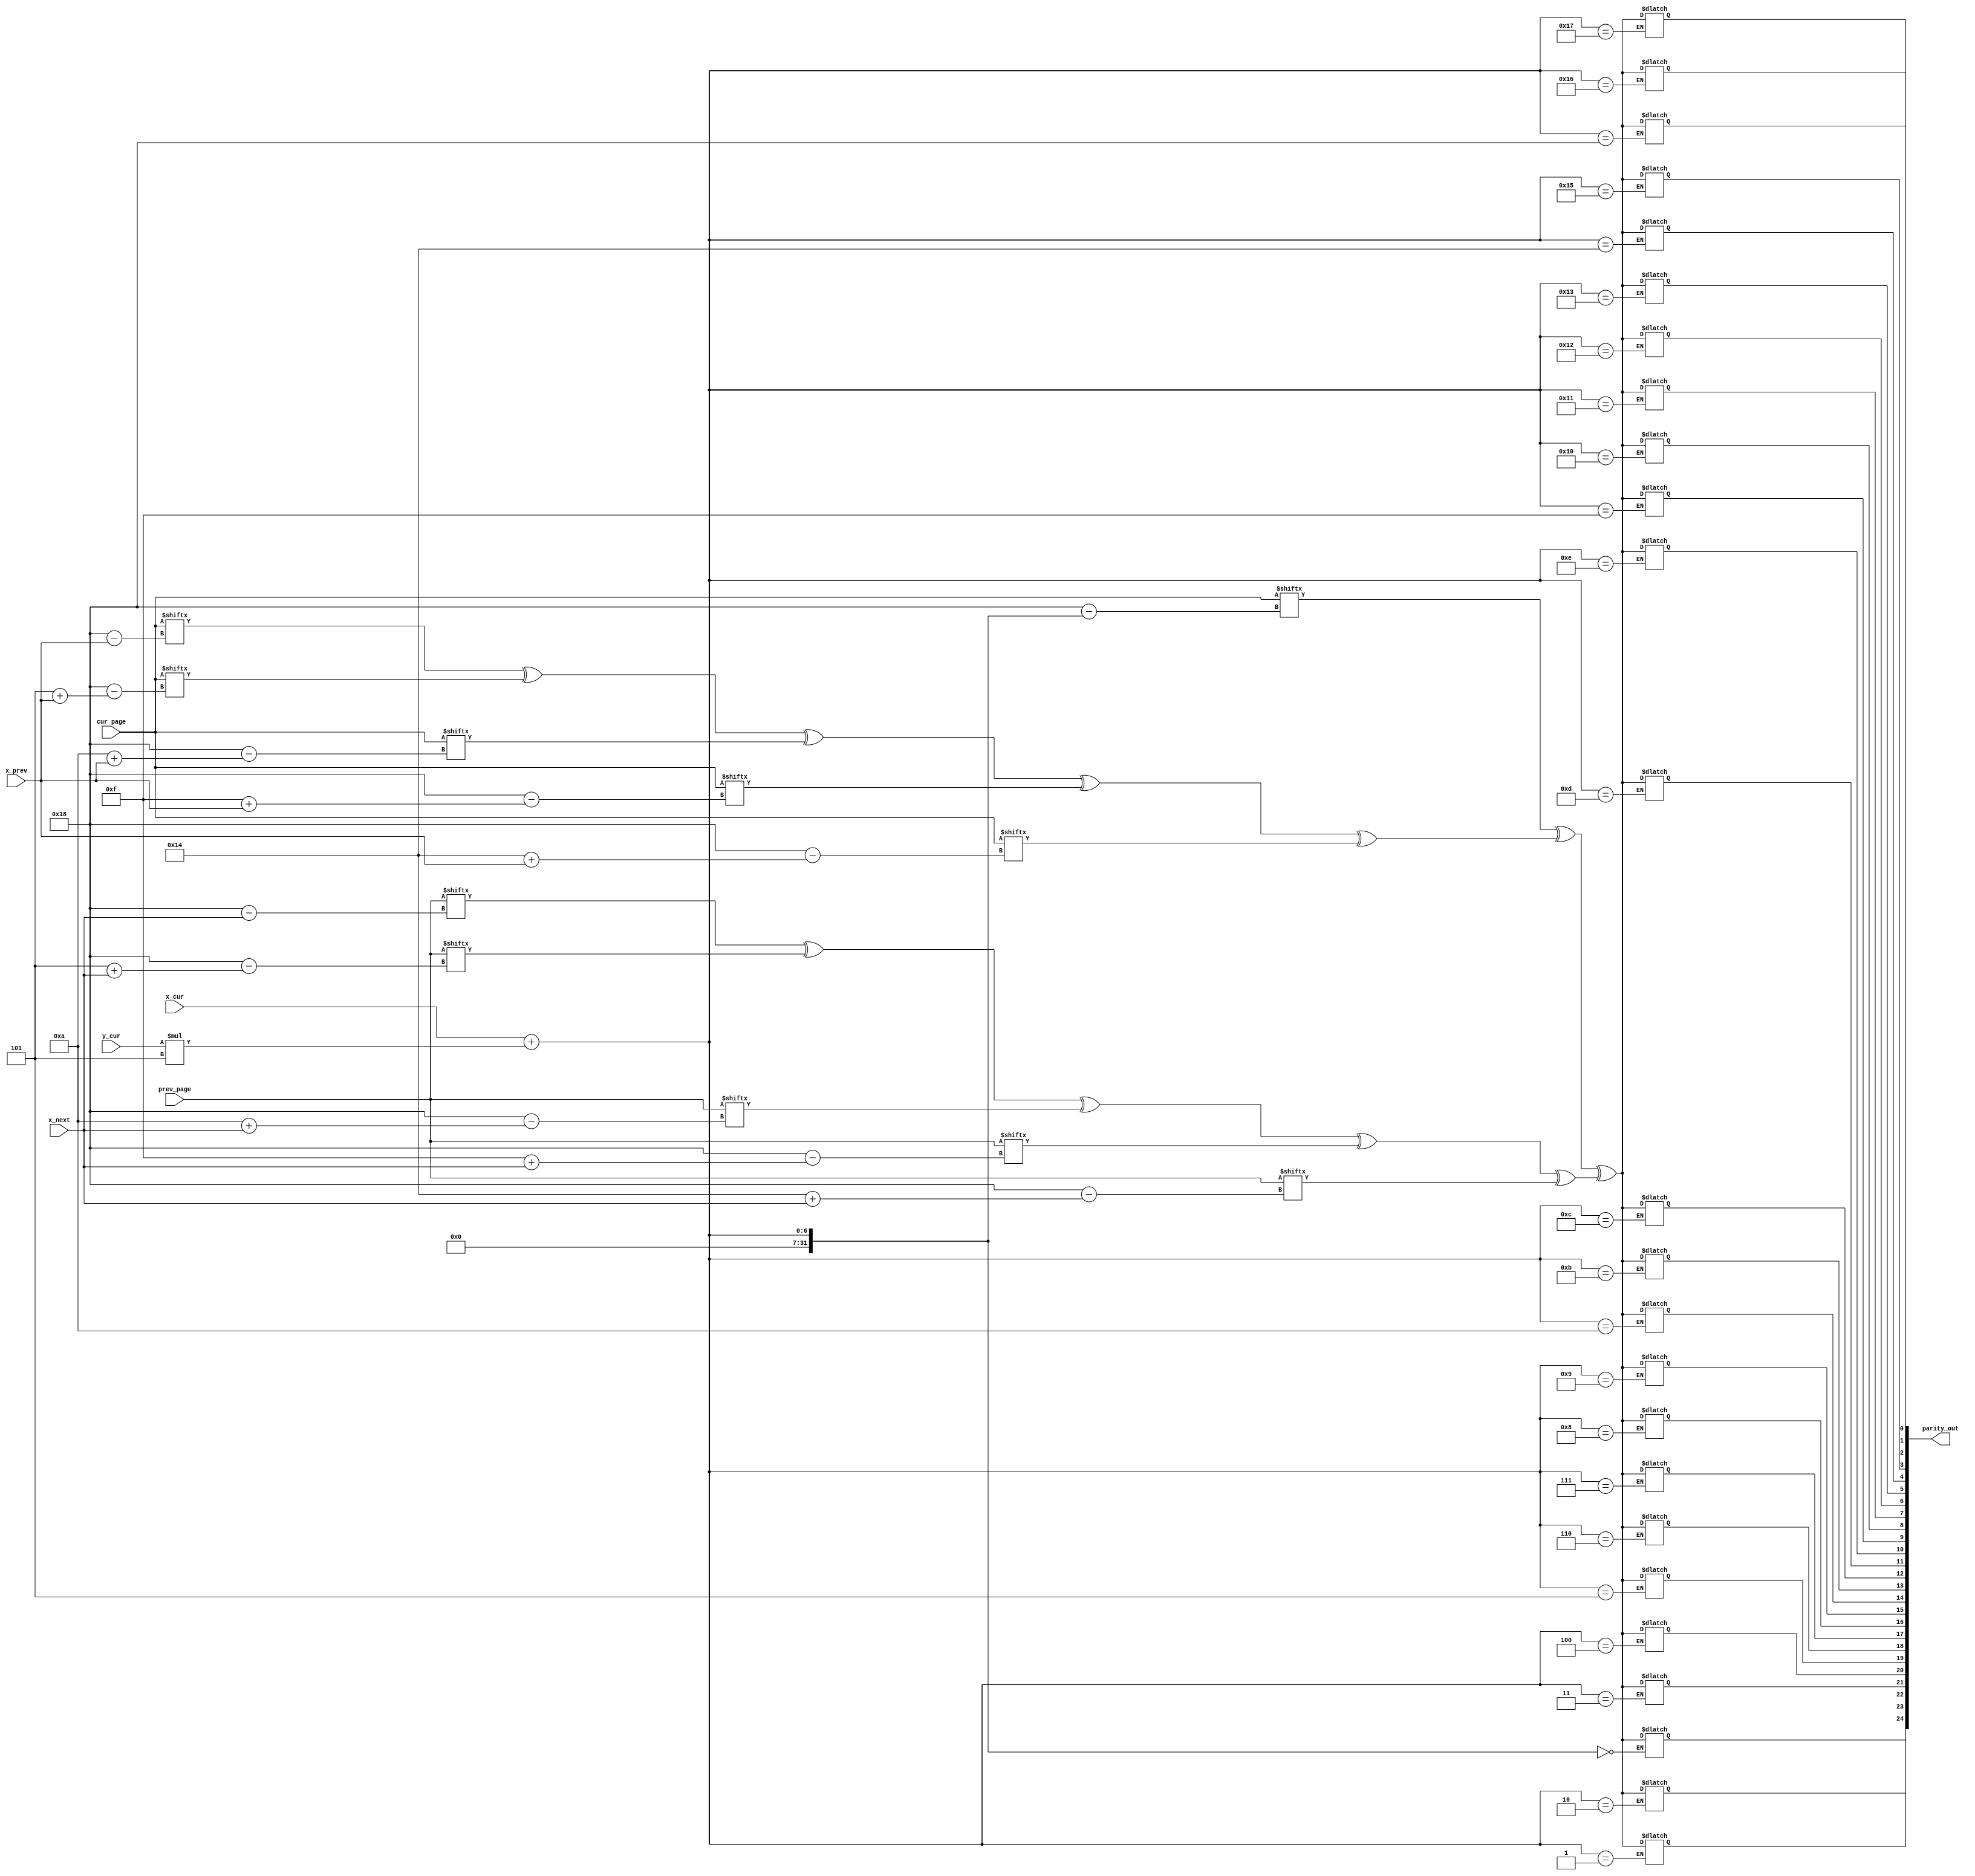
`timescale 1ns/1ns

module parity_datapath (cur_page, prev_page,
                        x_prev, x_cur, x_next,
                        y_cur,
                        parity_out);

    input [0:24] cur_page;
    input [0:24] prev_page;
    input [2:0] x_prev, x_cur, x_next;
    input [2:0] y_cur;

    output reg [0:24] parity_out;

    reg col1, col2;

    always @(x_prev, x_cur, x_next, y_cur) begin
        col1 = cur_page[x_prev] ^ cur_page[5 + x_prev] ^ cur_page[10 + x_prev] ^ cur_page[15 + x_prev] ^ cur_page[20 + x_prev];
        col2 = prev_page[x_next] ^ prev_page[5 + x_next] ^ prev_page[10 + x_next] ^ prev_page[15 + x_next] ^ prev_page[20 + x_next];
        parity_out[x_cur + y_cur*5] = cur_page[x_cur + y_cur*5] ^ col1 ^ col2;
    end

endmodule